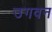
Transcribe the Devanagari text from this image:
उगवन